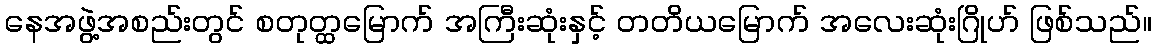
နေအဖွဲ့အစည်းတွင် စတုတ္ထမြောက် အကြီးဆုံးနှင့် တတိယမြောက် အလေးဆုံးဂြိုဟ် ဖြစ်သည်။